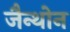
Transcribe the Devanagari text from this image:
जैन्थोन